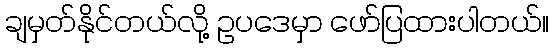
ချမှတ်နိုင်တယ်လို့ ဥပဒေမှာ ဖော်ပြထားပါတယ်။